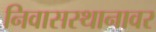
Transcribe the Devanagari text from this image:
निवासस्थानावर